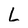
Character: L